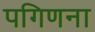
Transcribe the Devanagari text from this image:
पगिणना